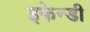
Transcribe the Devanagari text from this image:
इफेन्डी